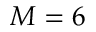
M = 6